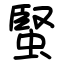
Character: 蜸